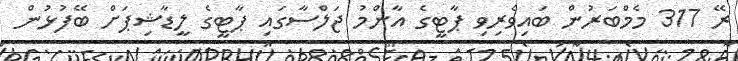
ރޭ 317 މެމްބަރުން ބައިވެރިވި ޕާޓީގެ އާންމު ޖަލްސާގައި ޕާޓީގެ ލީޑާޝިޕަށް ބޭފުޅުން